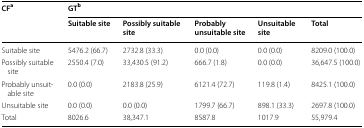
<table><thead><tr><td rowspan="2"><b>CF<sup>a</sup></b></td><td colspan="5"><b>GT<sup>b</sup></b></td></tr><tr><td><b>Suitable site</b></td><td><b>Possibly suitable site</b></td><td><b>Probably unsuitable site</b></td><td><b>Unsuitable site</b></td><td><b>Total</b></td></tr></thead><tbody><tr><td>Suitable site</td><td>5476.2 (66.7)</td><td>2732.8 (33.3)</td><td>0.0 (0.0)</td><td>0.0 (0.0)</td><td>8209.0 (100.0)</td></tr><tr><td>Possibly suitable site</td><td>2550.4 (7.0)</td><td>33,430.5 (91.2)</td><td>666.7 (1.8)</td><td>0.0 (0.0)</td><td>36,647.5 (100.0)</td></tr><tr><td>Probably unsuitable site</td><td>0.0 (0.0)</td><td>2183.8 (25.9)</td><td>6121.4 (72.7)</td><td>119.8 (1.4)</td><td>8425.1 (100.0)</td></tr><tr><td>Unsuitable site</td><td>0.0 (0.0)</td><td>0.0 (0.0)</td><td>1799.7 (66.7)</td><td>898.1 (33.3)</td><td>2697.8 (100.0)</td></tr><tr><td>Total</td><td>8026.6</td><td>38,347.1</td><td>8587.8</td><td>1017.9</td><td>55,979.4</td></tr></tbody></table>